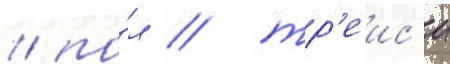
/ по́л / тр'еис'и